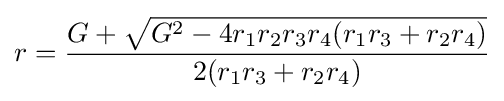
r={\frac {G+{\sqrt {G^{2}-4r_{1}r_{2}r_{3}r_{4}(r_{1}r_{3}+r_{2}r_{4})}}}{2(r_{1}r_{3}+r_{2}r_{4})}}